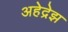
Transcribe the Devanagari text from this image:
अहेद्रेझ